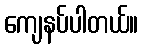
ကျေနပ်ပါတယ်။